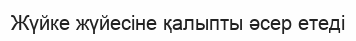
Жүйке жүйесіне қалыпты әсер етеді